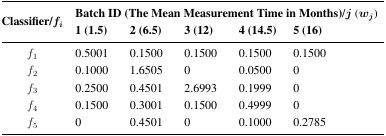
<table><thead><tr><td rowspan="2"><b>Classifier/<i>f</i><i><sub>i</sub></i></b></td><td colspan="5"><b>Batch ID (The Mean Measurement Time in Months)/<i>j</i> (<i>w<sub>j</sub></i>)</b></td></tr><tr><td><b>1 (1.5)</b></td><td><b>2 (6.5)</b></td><td><b>3(12)</b></td><td><b>4 (14.5)</b></td><td><b>5(16)</b></td></tr></thead><tbody><tr><td><i>f</i><sub>1</sub></td><td>0.5001</td><td>0.1500</td><td>0.1500</td><td>0.1500</td><td>0.1500</td></tr><tr><td><i>f</i><sub>2</sub></td><td>0.1000</td><td>1.6505</td><td>0</td><td>0.0500</td><td>0</td></tr><tr><td><i>f</i><sub>3</sub></td><td>0.2500</td><td>0.4501</td><td>2.6993</td><td>0.1999</td><td>0</td></tr><tr><td><i>f</i><sub>4</sub></td><td>0.1500</td><td>0.3001</td><td>0.1500</td><td>0.4999</td><td>0</td></tr><tr><td><i>f</i><sub>5</sub></td><td>0</td><td>0.4501</td><td>0</td><td>0.1000</td><td>0.2785</td></tr></tbody></table>